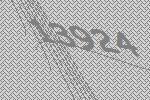
13924